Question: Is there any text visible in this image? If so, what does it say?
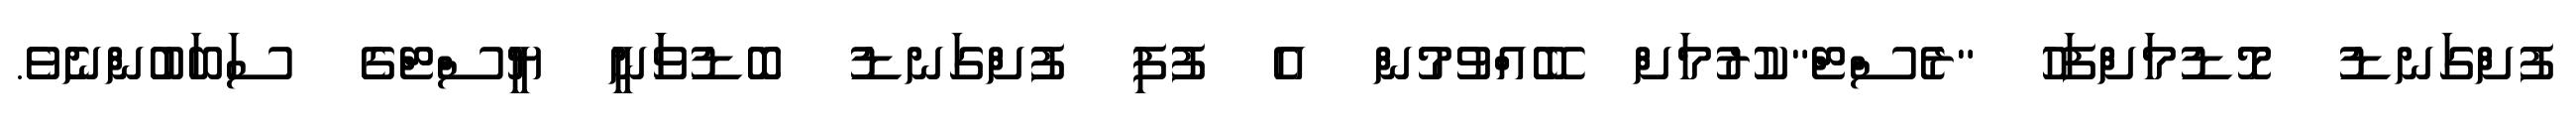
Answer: ފުށްގަނޑު މޮޑުމަށްފަހު "ރެސްޓް"ކުރުމަށް ބޭއްވުމުން އެ ފުފި ފުށްގަނޑު ބޮޑުވަަނީ ޔީސްޓްގެ ސަބަބުންނެވެ.